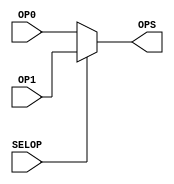
module MUX2_1(
    input SELOP,
    input [31:0]OP0,
    input [31:0]OP1,
    output reg [31:0]OPS
);

always @* 
begin
  if(SELOP)
    OPS<=OP1;
  else
    OPS<=OP0;
end
endmodule